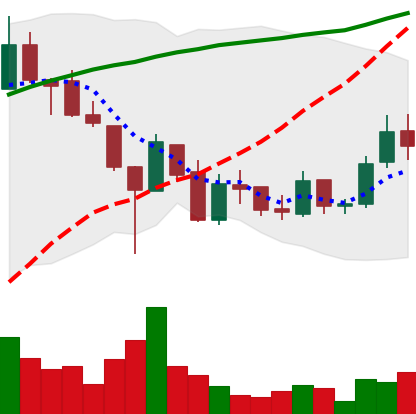
Ticker: LINK-USD
Chart end date: 2019-02-10
Forward return: -4.25%
Label: down_3_5